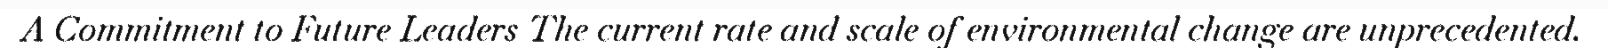
A Commitment to Future Leaders The current rate and scale of environmental change are unprecedented.